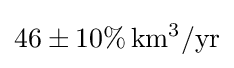
46\pm 10\%\,\mathrm {km^{3}/yr}